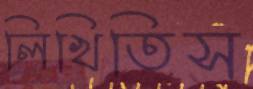
লিখিতিস